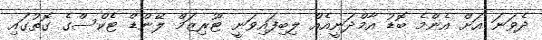
ދެވަނަ އަށް އެންމެ ބޮޑު އާމްދަނީއެއް ލިބިފައިވަނީ ޓޫރިޒަމް ލޭންޑް ޓެކްސްގެ ގޮތުގައި